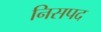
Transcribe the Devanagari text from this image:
निसपद